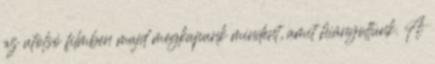
az utolsó filmben majd megkapunk mindent, amit hiányoltunk. A